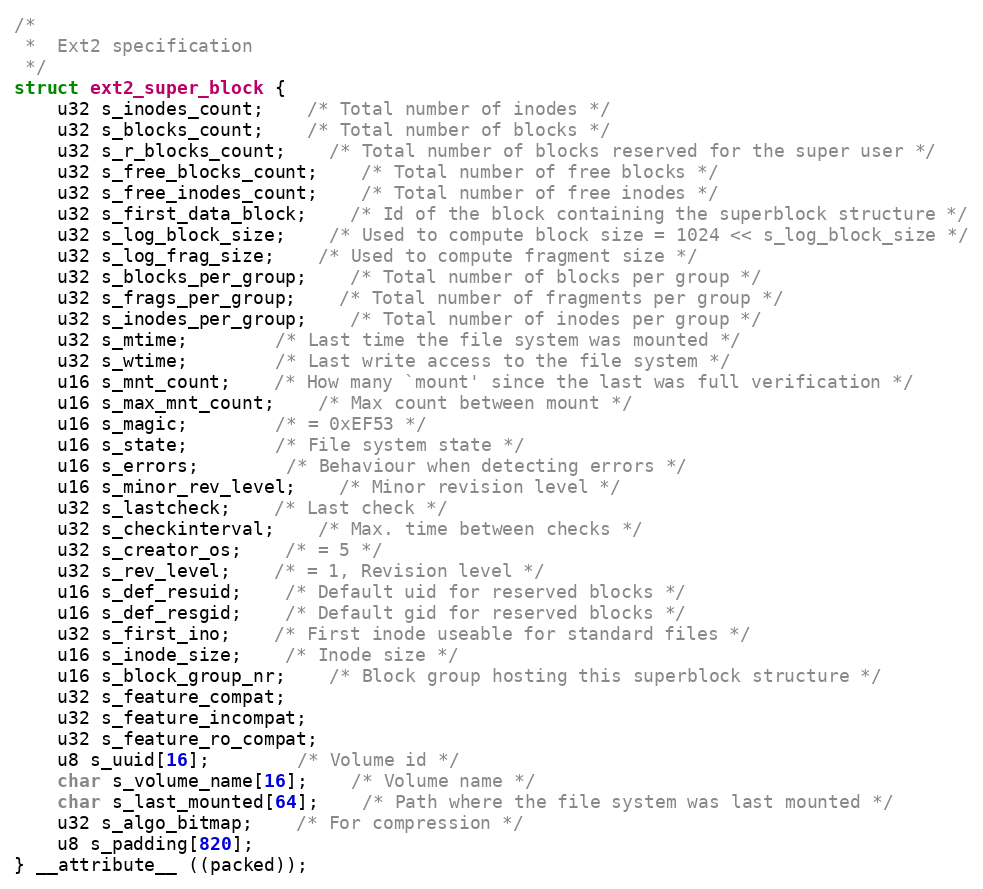
Language: C
/*
 *	Ext2 specification
 */
struct ext2_super_block {
	u32 s_inodes_count;	/* Total number of inodes */
	u32 s_blocks_count;	/* Total number of blocks */
	u32 s_r_blocks_count;	/* Total number of blocks reserved for the super user */
	u32 s_free_blocks_count;	/* Total number of free blocks */
	u32 s_free_inodes_count;	/* Total number of free inodes */
	u32 s_first_data_block;	/* Id of the block containing the superblock structure */
	u32 s_log_block_size;	/* Used to compute block size = 1024 << s_log_block_size */
	u32 s_log_frag_size;	/* Used to compute fragment size */
	u32 s_blocks_per_group;	/* Total number of blocks per group */
	u32 s_frags_per_group;	/* Total number of fragments per group */
	u32 s_inodes_per_group;	/* Total number of inodes per group */
	u32 s_mtime;		/* Last time the file system was mounted */
	u32 s_wtime;		/* Last write access to the file system */
	u16 s_mnt_count;	/* How many `mount' since the last was full verification */
	u16 s_max_mnt_count;	/* Max count between mount */
	u16 s_magic;		/* = 0xEF53 */
	u16 s_state;		/* File system state */
	u16 s_errors;		/* Behaviour when detecting errors */
	u16 s_minor_rev_level;	/* Minor revision level */
	u32 s_lastcheck;	/* Last check */
	u32 s_checkinterval;	/* Max. time between checks */
	u32 s_creator_os;	/* = 5 */
	u32 s_rev_level;	/* = 1, Revision level */
	u16 s_def_resuid;	/* Default uid for reserved blocks */
	u16 s_def_resgid;	/* Default gid for reserved blocks */
	u32 s_first_ino;	/* First inode useable for standard files */
	u16 s_inode_size;	/* Inode size */
	u16 s_block_group_nr;	/* Block group hosting this superblock structure */
	u32 s_feature_compat;
	u32 s_feature_incompat;
	u32 s_feature_ro_compat;
	u8 s_uuid[16];		/* Volume id */
	char s_volume_name[16];	/* Volume name */
	char s_last_mounted[64];	/* Path where the file system was last mounted */
	u32 s_algo_bitmap;	/* For compression */
	u8 s_padding[820];
} __attribute__ ((packed));